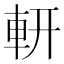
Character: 𨊻